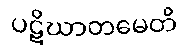
ပဋိဃာတမေတိ